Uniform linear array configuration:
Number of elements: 8
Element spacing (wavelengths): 0.5
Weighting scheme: hamming
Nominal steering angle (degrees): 45
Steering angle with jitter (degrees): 45.357
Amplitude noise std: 0.05
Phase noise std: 0.05

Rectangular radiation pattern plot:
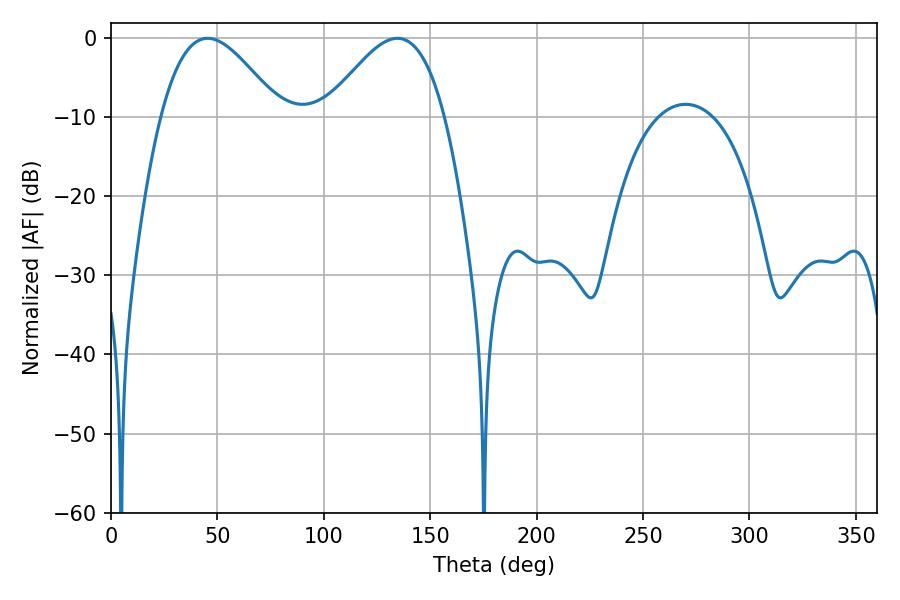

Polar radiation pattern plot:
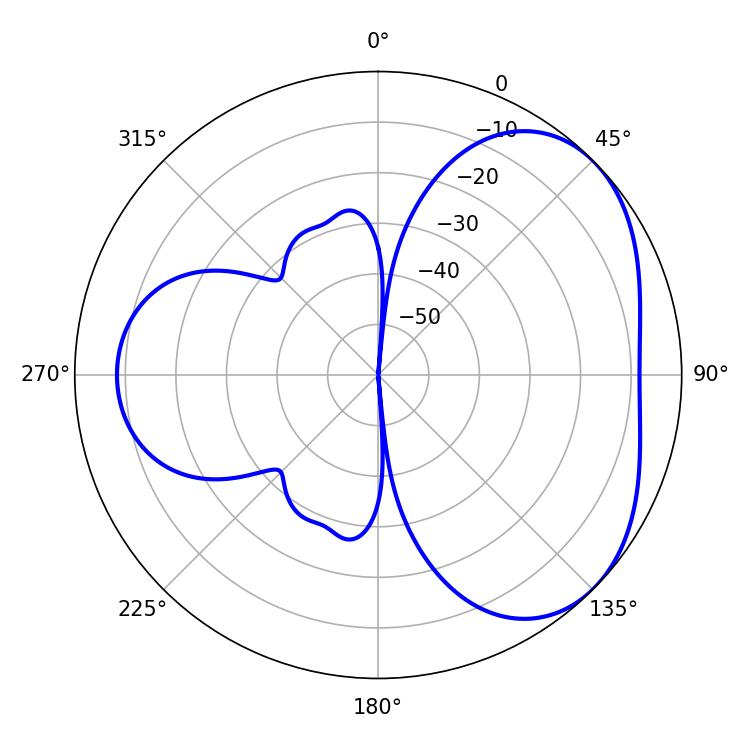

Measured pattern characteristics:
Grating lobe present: FALSE
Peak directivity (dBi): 3.98
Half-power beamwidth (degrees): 30.06
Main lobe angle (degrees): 45.36